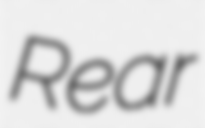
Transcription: Rear